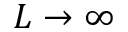
L \to \infty